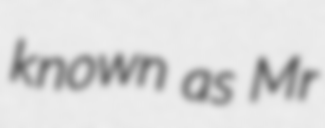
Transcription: known as Mr